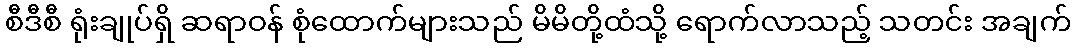
စီဒီစီ ရုံးချုပ်ရှိ ဆရာဝန် စုံထောက်များသည် မိမိတို့ထံသို့ ရောက်လာသည့် သတင်း အချက်